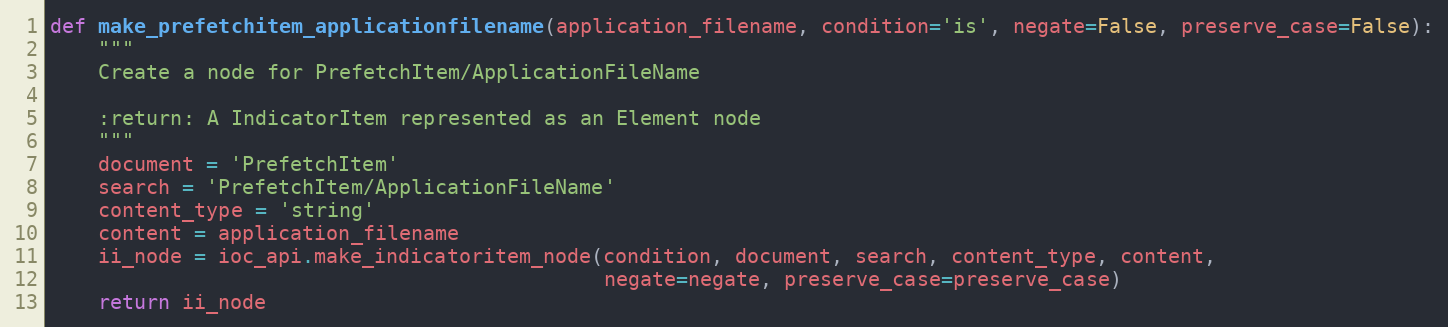
Language: Python
def make_prefetchitem_applicationfilename(application_filename, condition='is', negate=False, preserve_case=False):
    """
    Create a node for PrefetchItem/ApplicationFileName

    :return: A IndicatorItem represented as an Element node
    """
    document = 'PrefetchItem'
    search = 'PrefetchItem/ApplicationFileName'
    content_type = 'string'
    content = application_filename
    ii_node = ioc_api.make_indicatoritem_node(condition, document, search, content_type, content,
                                              negate=negate, preserve_case=preserve_case)
    return ii_node